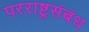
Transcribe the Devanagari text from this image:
परराष्ट्रसंबंध